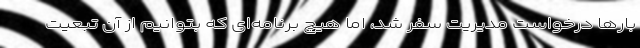
بارها درخواست مدیریت سفر شد، اما هیچ برنامه‌ای که بتوانیم از آن تبعیت